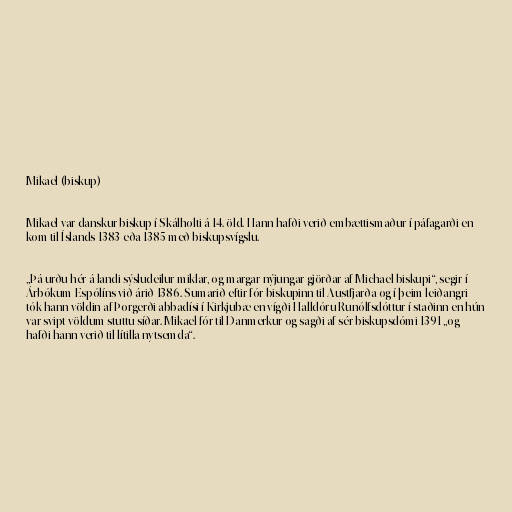
Mikael (biskup)

Mikael var danskur biskup í Skálholti á 14. öld. Hann hafði verið embættismaður í páfagarði en
kom til Íslands 1383 eða 1385 með biskupsvígslu.

„Þá urðu hér á landi sýsludeilur miklar, og margar nýjungar gjörðar af Michael biskupi“, segir í
Árbókum Espólíns við árið 1386. Sumarið eftir fór biskupinn til Austfjarða og í þeim leiðangri
tók hann völdin af Þorgerði abbadísi í Kirkjubæ en vígði Halldóru Runólfsdóttur í staðinn en hún
var svipt völdum stuttu síðar. Mikael fór til Danmerkur og sagði af sér biskupsdómi 1391 „og
hafði hann verið til lítilla nytsemda“.